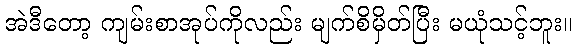
အဲဒီတော့ ကျမ်းစာအုပ်ကိုလည်း မျက်စိမှိတ်ပြီး မယုံသင့်ဘူး။